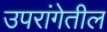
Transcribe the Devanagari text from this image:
उपरांगेतील